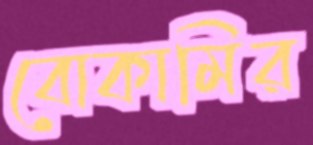
বোকামির